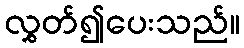
လွှတ်၍ပေးသည်။